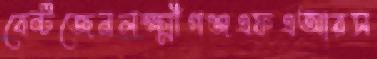
বেন্টজেনলক্ষ্মীগঞ্জএফএআরস